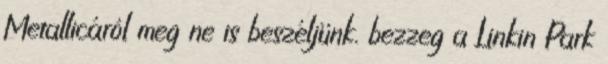
Metallicáról meg ne is beszéljünk. bezzeg a Linkin Park